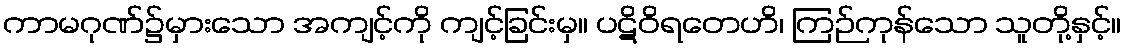
ကာမဂုဏ်၌မှားသော အကျင့်ကို ကျင့်ခြင်းမှ။ ပဋိဝိရတေဟိ၊ ကြဉ်ကုန်သော သူတို့နှင့်။